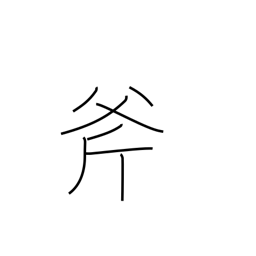
Meaning: ax